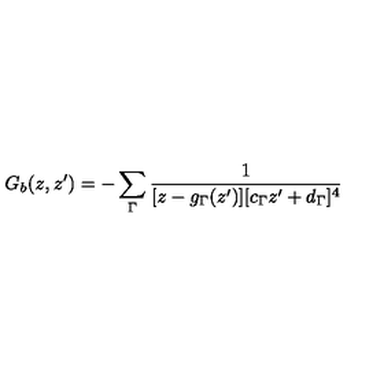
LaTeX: G _ { b } ( z , z ^ { \prime } ) = - \sum _ { \Gamma } \frac { 1 } { [ z - g _ { \Gamma } ( z ^ { \prime } ) ] [ c _ { \Gamma } z ^ { \prime } + d _ { \Gamma } ] ^ { 4 } }